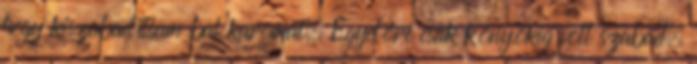
hogy kiszabadítsam bal karomat. Egyelőre csak könyökig volt szabad.